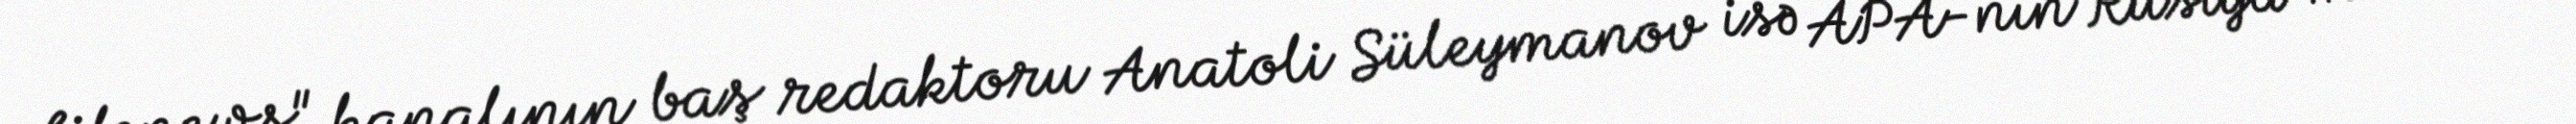
Lifenews" kanalının baş redaktoru Anatoli Süleymanov isə APA-nın Rusiya müxbiri